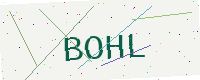
Text: BOHL